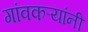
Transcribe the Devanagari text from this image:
गांवकऱ्यांनी